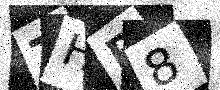
Text: THR8